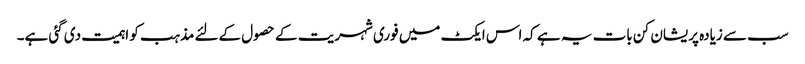
سب سے زیادہ پریشان کن بات یہ ہے کہ اس ایکٹ میں فوری شہریت کے حصول کےلئے مذہب کو اہمیت دی گئی ہے۔